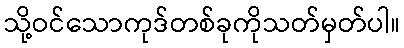
သို့ဝင်သောကုဒ်တစ်ခုကိုသတ်မှတ်ပါ။